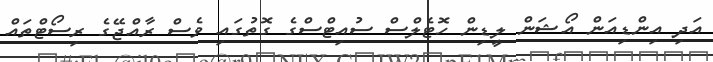
އަދި އިންޑިއަން އޯޝަން ލީޑިން ހޮޓެލްސް ސުއިޓްސްގެ ގޮތުގައި ވެސް ރާއްޖޭގެ ރިސޯޓްތައް